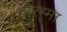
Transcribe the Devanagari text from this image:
गौरम्मा